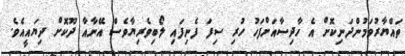
ތައްޔާރުވަމުންދަނިކޮށް އެ ހާދިސާއަށްފަހު ހުރި ސިފަ ފެނިފައި ލޯބިވެރިޔާވެސް އޭނާއާ ދޫކޮށް ދިޔައީއެވެ.